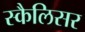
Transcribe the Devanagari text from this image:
स्कैलिसर